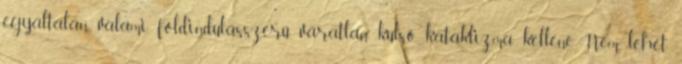
egyáltalán, valami földindulásszerű, váratlan külső kataklizma kellene. Nem lehet